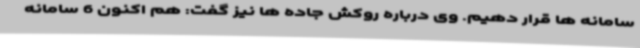
سامانه ها قرار دهیم. وی درباره روکش جاده ها نیز گفت: هم اکنون 6 سامانه